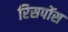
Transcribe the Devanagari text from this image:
रिसपोंस